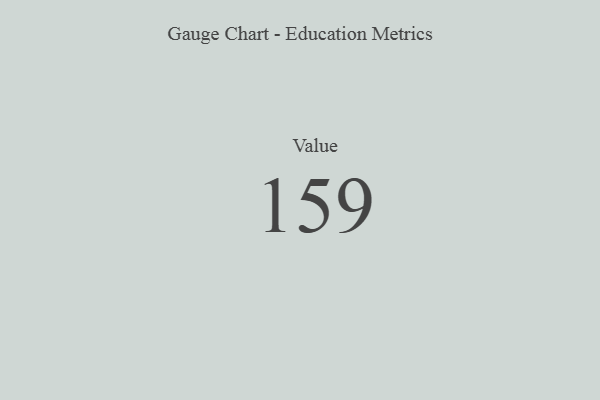
{"axis": {"x": "Metric", "y": "Value"}, "legend": [""], "data": [{"x": "Value", "y": 159, "type": ""}]}